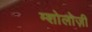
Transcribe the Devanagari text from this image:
म्शोलोज़ी